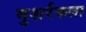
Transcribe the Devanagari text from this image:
मुशर्रफला